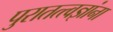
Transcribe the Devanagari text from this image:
पुरातत्त्वज्ञांना